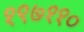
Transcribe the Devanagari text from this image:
१९७११०